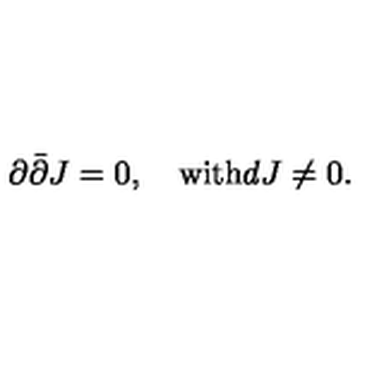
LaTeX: \partial \bar { \partial } J = 0 , \quad \mathrm { w i t h } d J \neq 0 .